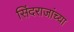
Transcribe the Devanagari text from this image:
सिंदराजांच्या